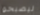
ليصبحوا